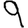
Digit: 9